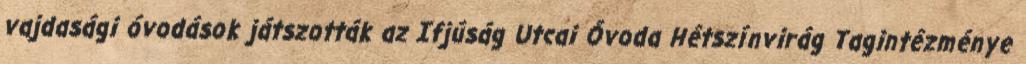
vajdasági óvodások játszották az Ifjúság Utcai Óvoda Hétszínvirág Tagintézménye